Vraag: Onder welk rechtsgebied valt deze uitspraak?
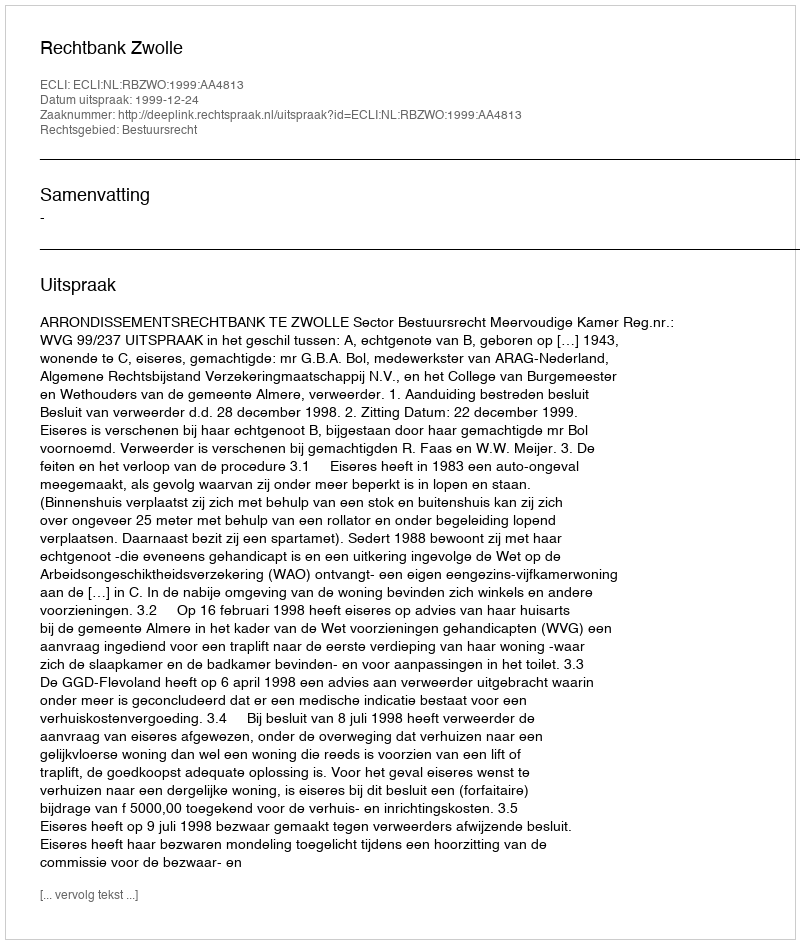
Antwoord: Bestuursrecht